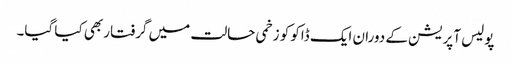
پولیس آپریشن کے دوران ایک ڈاکو کو زخمی حالت میں گرفتار بھی کیا گیا۔